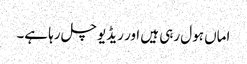
اماں ہول رہی ہیں اور ریڈیو چل رہا ہے۔